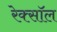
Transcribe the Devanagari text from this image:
रेक्सॉल